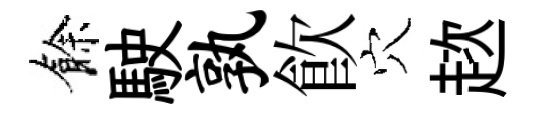
餘駛孰飮穴趑